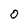
Character: 0